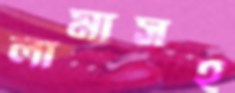
লামাসহ